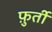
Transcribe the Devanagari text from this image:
फ़ुर्ती